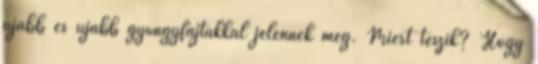
újabb és újabb gyöngyfajtákkal jelennek meg. Miért teszik? Hogy